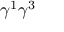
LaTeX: \gamma ^ { 1 } \gamma ^ { 3 }